Civil Veterinary Department Bihar & Orissa reports 1922-29 - 1922-1929
Year: 1922
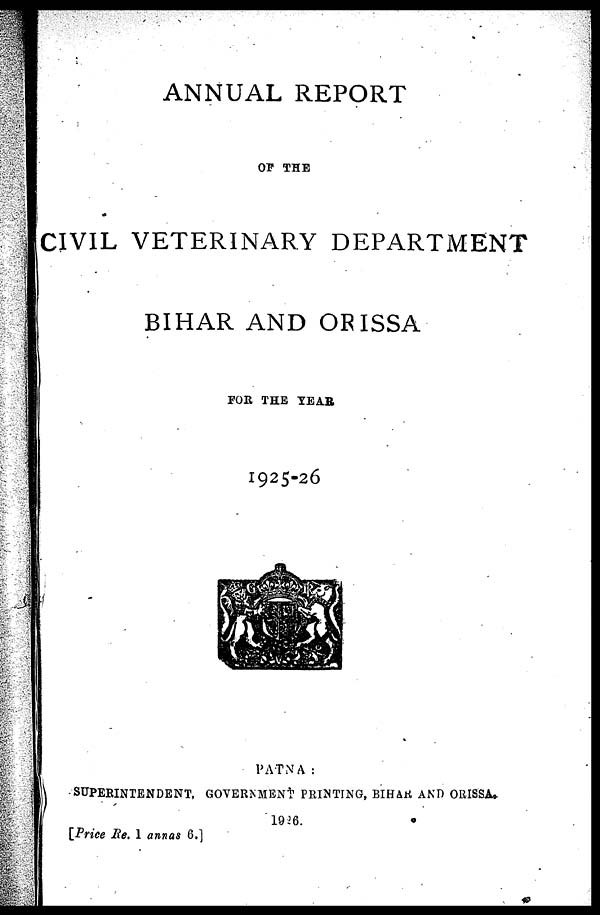
ANNUAL REPORT
OF THE
CIVIL VETERINARY DEPARTMENT
BIHAR AND ORISSA
FOR THE YEAR
1925-26
PATNA :
SUPEBINTENDENT, GOVERNMENT PRINTING, BIHAR AND ORISSA
1926.
[Price Re. 1 annas 6.]